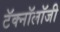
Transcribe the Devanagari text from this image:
टॅक्नॉलॉजी